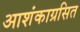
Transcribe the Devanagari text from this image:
आशंकाग्रसित